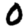
Digit: 0